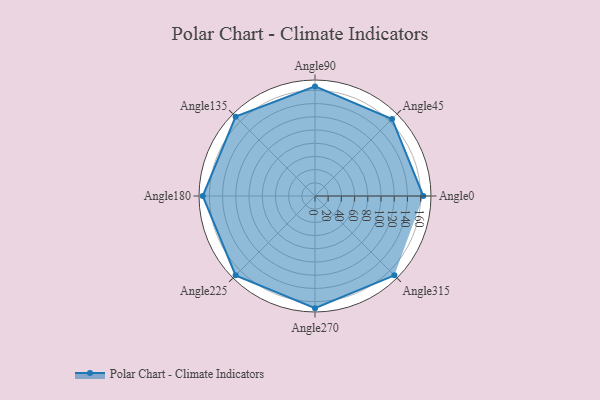
{"axis": {"x": "Angle", "y": "Radius"}, "legend": [""], "data": [{"x": "Angle0", "y": 164.0, "type": ""}, {"x": "Angle45", "y": 165.0, "type": ""}, {"x": "Angle90", "y": 166.0, "type": ""}, {"x": "Angle135", "y": 170, "type": ""}, {"x": "Angle180", "y": 170, "type": ""}, {"x": "Angle225", "y": 170, "type": ""}, {"x": "Angle270", "y": 170, "type": ""}, {"x": "Angle315", "y": 170, "type": ""}]}